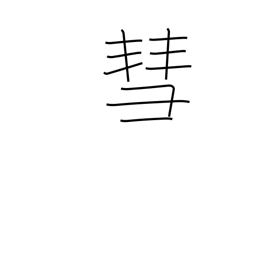
Meaning: comet